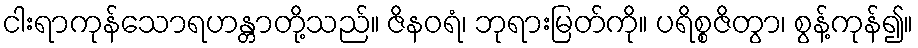
ငါးရာကုန်သောရဟန္တာတို့သည်။ ဇိနဝရံ၊ ဘုရားမြတ်ကို။ ပရိစ္စဇိတွာ၊ စွန့်ကုန်၍။